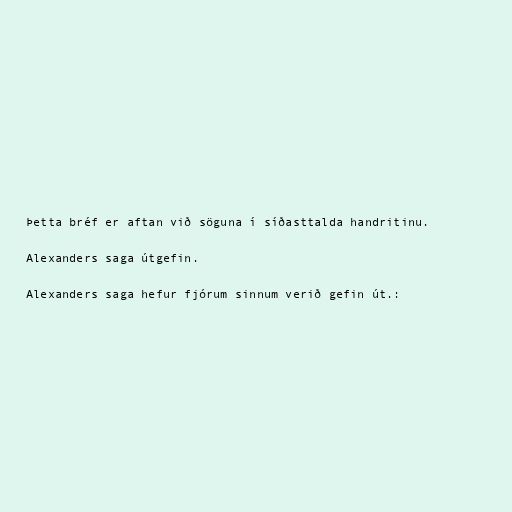
Þetta bréf er aftan við söguna í síðasttalda handritinu.

Alexanders saga útgefin.

Alexanders saga hefur fjórum sinnum verið gefin út.: